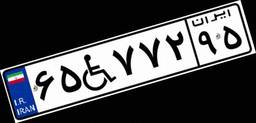
۶۵W۷۷۲۹۵